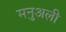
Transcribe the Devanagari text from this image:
मनुअली